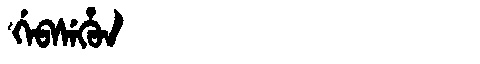
Manchu: ᡤᡝᠪᠰᡝᡥᡠᠨ
Romanization: GEBSEHUN